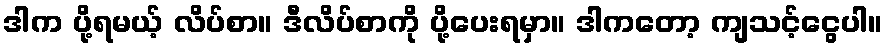
ဒါက ပို့ရမယ့် လိပ်စာ။ ဒီလိပ်စာကို ပို့ပေးရမှာ။ ဒါကတော့ ကျသင့်ငွေပါ။